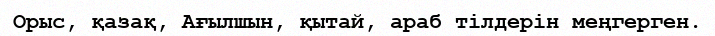
Орыс, қазақ, Ағылшын, қытай, араб тілдерін меңгерген.